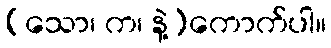
(သော၊ က၊ နဲ့)ကောက်ပါ။